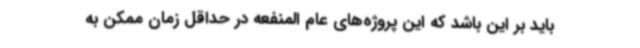
باید بر این باشد که این پروژه‌های عام المنفعه در حداقل زمان ممکن به